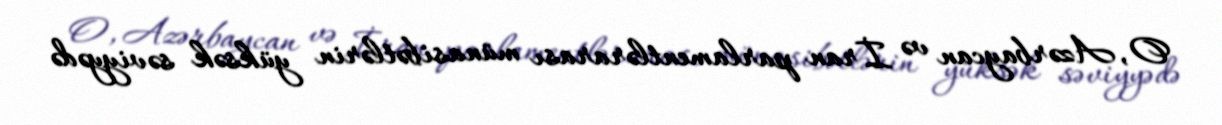
O, Azərbaycan və İran parlamentlərarası münasibətlərin yüksək səviyyədə